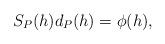
LaTeX: \begin{align*} \begin{aligned} S_P(h)d_P(h)=\phi(h), \end{aligned} \end{align*}